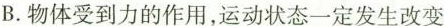
B.物体受到力的作用，运动状态一定发生改变